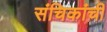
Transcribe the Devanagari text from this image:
संचिकांची